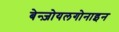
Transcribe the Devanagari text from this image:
बेन्ज़ोयलगोनाइन